Vaccination United Provinces of Agra and Oudh 1902-1913 - 1902-1913
Year: 1902
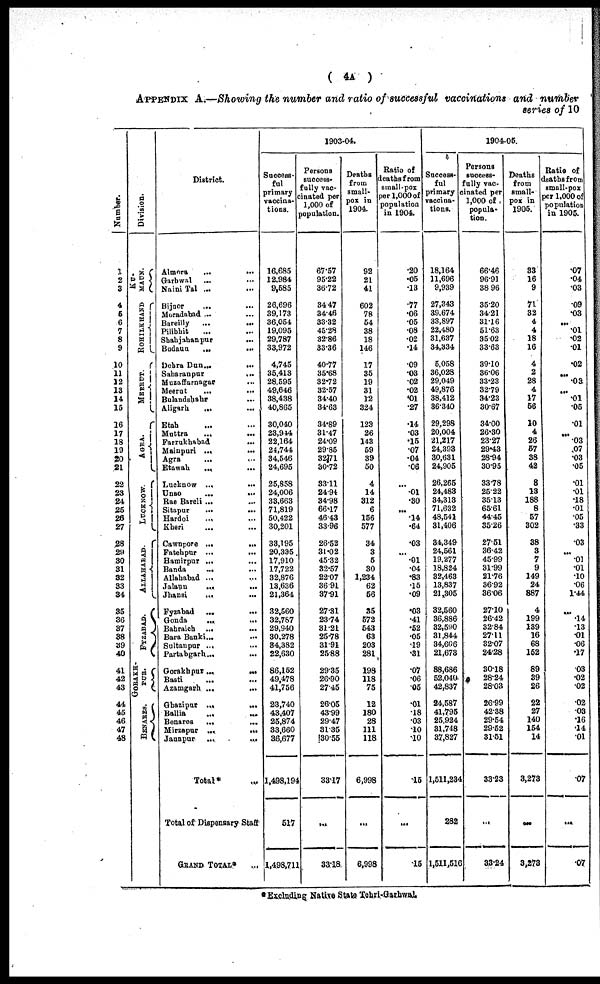
( 4A )
APPENDIX A.—Showing the number and ratio of successful vaccinations and number
series of 10
Number.
1
2
3
4
5
6
7
8
9
10
11
12
13
14
15
16
17
18
19
20
21
22
23
24
25
26
27
28
29
30
31
32
33
34
35
36
37
38
39
40
41
42
43
44
45
46
47
48
Division.
KU¬
MAUN.
ROHILKHAND
MEERUT.
AGRA.
LUCKNOW.
ALLAHABAD.
FYZABAD.
GORAKH¬
PUR.
BENARES.
District.
Almora
...
...
Garhwal ... ...
Naini Tal ... ...
Bijnor
... ...
Moradabad ... ...
Bareilly
...
...
Pilibhit ... ...
Shahjahanpur ...
Budaua
...
...
Dehra Dun...
...
Saharanpur ...
Muzaffarnagar ...
Meerut
... ...
Bulandshahr ...
Aligarh ...
Etah ...
Muttra
...
...
Farrukhabad ...
Mainpuri ...
...
Agra ...
Etawah
...
Lucknow ...
...
Unao ... ...
Rae Bareli ... ...
Sitapur
...
...
Hardoi
... ...
Kheri ... ...
Cawnpore ...
...
Fatehpur ... ...
Hamirpur ... ...
Banda ... ...
Allahabad ... ...
Jalaun
...
...
Jhansi
...
...
Fyzabad ...
...
Gonda
...
...
Bahraich ...
...
Bara Banki... ...
Sultanpur ... ...
Partabgarh... ...
Gorakhpur ...
...
Basti ... ...
Azamgarh ...
...
Ghazipur ... ...
Ballia ... ...
Benares
... ...
Mirzapur ...
...
Jaunpur
...
...
Total* ...
Total of Dispensary Staff
GRAND TOTAL* ...
1903-04.
Success-
ful
primary
vaccina¬
tions.
16,685
12,984
9,585
26,696
39,173
36,054
19,095
29,787
33,972
4,745
35,413
28,595
49,646
38,438
40,865
30,040
23,944
22,164
24,744
34,546
24,695
25,858
24,006
33,663
71,819
50,422
30,201
33,195
20,335
17,910
17,722
32,876
13,636
21,364
32,560
32,787
29,940
30,278
34,382
22,630
86,152
49,478
41,756
23,740
43,407
25,874
33,660
36,677
1,498,194
517
1,498,711
Persons
success¬
fully vac-
cinated per
1,000 of
population.
67.57
95.22
36.72
34.47
34.46
33.32
45.28
32.86
33.36
40.77
35.68
32.72
32.57
34.40
34.63
34.89
31.47
24.09
29.85
32.71
30.72
33.11
24.94
34.98
66.17
46.43
33.96
26.52
31.02
45.32
32.57
22.07
36.91
37.91
27.31
23.74
31.21
25.78
31.91
25.88
29.35
26.90
27.45
26.05
43.99
29.47
31.35
130.55
33.17
...
33.18
Deaths
from
small-
pox in
1904.
92
21
41
602
78
54
38
18
146
17
35
19
31
12
324
123
26
143
59
39
50
4
14
312
6
156
577
34
3
6
30
1,234
62
56
35
572
543
63
203
281
198
118
75
12
180
28
111
118
6,998
...
6,998
Ratio of
deaths from
small-pox
per 1,000 of
population
in 1904.
.20
.05
.13
.77
.06
.05
.08
.02
.14
.09
.03
.02
.02
.01
.27
.14
.03
.15
.07
.04
.06
...
.01
.30
...
14
.64
.03
...
.01
.04
.83
.15
.09
.03
.41
.52
.05
.19
.31
.07
.06
.05
.01
18
.03
.10
.10
.15
...
.15
1904-05.
Success-
ful
primary
vaccina-
tions.
18,164
11,696
9,939
27,343
39,674
33,897
22,480
31,637
34,334
5,058
36,028
29,049
49,876
38,412
36.340
29,298
20,004
21,217
24,393
30,631
24,905
26,265
24,483
34,313
71,632
48,541
31,406
34,349
24,561
19,277
18,824
32,463
13,837
21,305
32,560
36,886
32,590
31,844
34,606
21,678
88,686
52,040
42,837
24,587
41,795
25,924
31,748
37,827
1,511,234
282
1,511,516
Persons
success-
fully vac-
cinated per
1,000 of
popula-
tion.
66.46
96.91
38.96
35.20
34.21
31.16
51.63
35.02
33.63
39.10
36.06
33.23
32.79
34.23
30.67
34.00
26.30
23.27
29.43
28.94
30.95
33.78
25.22
35.13
65.61
44.45
35.26
27.51
36.42
45.99
31.99
21.76
36.92
36.06
27.10
26.42
32.84
27.11
32.07
24.28
30.18
28.24
28.03
26.99
42.38
29.54
29.52
31.51
33.23
...
33.24
Deaths
from
small¬
pox in
1905.
33
16
9
71
32
4
4
18
16
4
2
28
4
17
56
10
4
26
57
38
42
8
13
188
8
57
302
38
3
7
9
149
24
887
4
199
139
16
68
152
89
39
26
22
27
140
154
14
3,273
...
3,273
Ratio of
deaths from
small-pox
per 1,000 of
population
in 1905.
.07
.04
.03
.09
.03
...
.01
.02
.01
.02
...
.03
...
.01
05
.01
...
.03
.07
.03
.05
.01
.01
.18
.01
.05
.33
.03
...
.01
.01
.10
.06
1.44
...
.14
.13
.01
.06
.17
03
.02
.02
.02
.03
.16
.14
.01
.07
...
.07
*Excluding Native State Tehri-Garhwal.